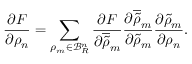
\frac { \partial F } { \partial \rho _ { n } } = \sum _ { \rho _ { m } \in \mathcal { B } _ { R } ^ { n } } \frac { \partial F } { \partial \overline { { \tilde { \rho } } } _ { m } } \frac { \partial \overline { { \tilde { \rho } } } _ { m } } { \partial \widetilde { \rho } _ { m } } \frac { \partial \tilde { \rho } _ { m } } { \partial \rho _ { n } } .